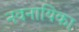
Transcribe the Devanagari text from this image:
नवनायिका